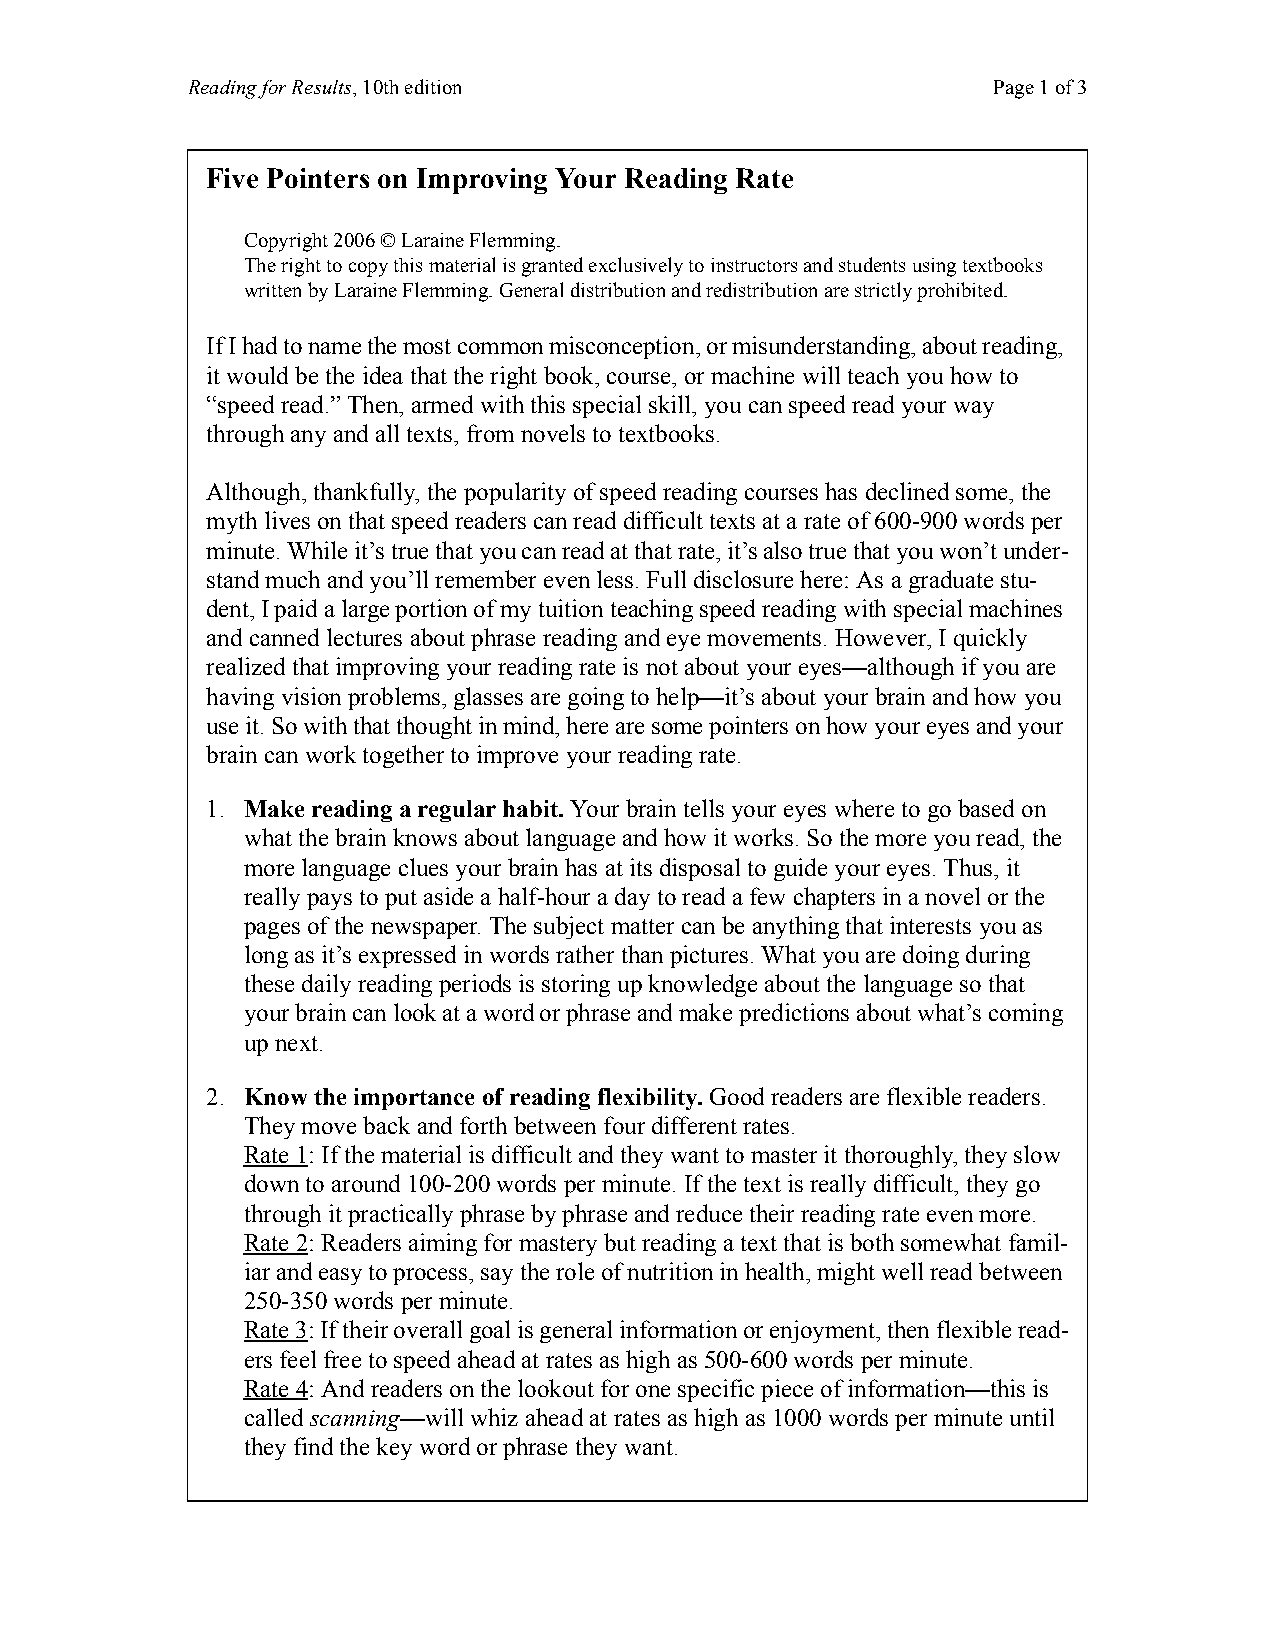
Reading for Results, 10th edition                     Page 1 of 3
 Five Pointers on Improving Your Reading Rate
 Copyright 2006 © Laraine Flemming.
 The right to copy this material is granted exclusively to instructors and students using textbooks
 written by Laraine Flemming. General distribution and redistribution are strictly prohibited.
 If I had to name the most common misconception, or misunderstanding, about reading,
 it would be the idea that the right book, course, or machine will teach you how to
 “speed read.” Then, armed with this special skill, you can speed read your way
 through any and all texts, from novels to textbooks.
 Although, thankfully, the popularity of speed reading courses has declined some, the
 myth lives on that speed readers can read difficult texts at a rate of 600-900 words per
 minute. While it’s true that you can read at that rate, it’s also true that you won’t under-
 stand much and you’ll remember even less. Full disclosure here: As a graduate stu-
 dent, I paid a large portion of my tuition teaching speed reading with special machines
 and canned lectures about phrase reading and eye movements. However, I quickly
 realized that improving your reading rate is not about your eyes—although if you are
 having vision problems, glasses are going to help—it’s about your brain and how you
 use it. So with that thought in mind, here are some pointers on how your eyes and your
 brain can work together to improve your reading rate.
 1. Make reading a regular habit. Your brain tells your eyes where to go based on
 what the brain knows about language and how it works. So the more you read, the
 more language clues your brain has at its disposal to guide your eyes. Thus, it
 really pays to put aside a half-hour a day to read a few chapters in a novel or the
 pages of the newspaper. The subject matter can be anything that interests you as
 long as it’s expressed in words rather than pictures. What you are doing during
 these daily reading periods is storing up knowledge about the language so that
 your brain can look at a word or phrase and make predictions about what’s coming
 up next.
 2. Know the importance of reading flexibility. Good readers are flexible readers.
 They move back and forth between four different rates.
 Rate 1: If the material is difficult and they want to master it thoroughly, they slow
 down to around 100-200 words per minute. If the text is really difficult, they go
 through it practically phrase by phrase and reduce their reading rate even more.
 Rate 2: Readers aiming for mastery but reading a text that is both somewhat famil-
 iar and easy to process, say the role of nutrition in health, might well read between
 250-350 words per minute.
 Rate 3: If their overall goal is general information or enjoyment, then flexible read-
 ers feel free to speed ahead at rates as high as 500-600 words per minute.
 Rate 4: And readers on the lookout for one specific piece of information—this is
 called scanning—will whiz ahead at rates as high as 1000 words per minute until
 they find the key word or phrase they want.